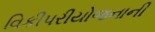
વિકીપરીયોજનાની